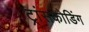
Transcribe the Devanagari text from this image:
ट्रांसकोडिंग